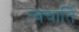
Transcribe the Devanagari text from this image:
त्वचार्ति